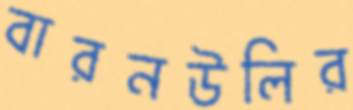
বারনউলির